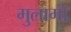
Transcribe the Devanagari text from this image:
मुलागो